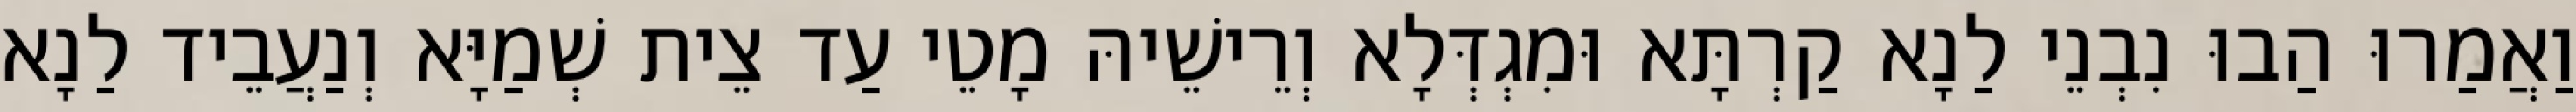
וַאֲמַרוּ הַבוּ נִבְנֵי לַנָא קַרְתָּא וּמִגְדְּלָא וְרֵישֵׁיהּ מָטֵי עַד צֵית שְׁמַיָּא וְנַעֲבֵיד לַנָא